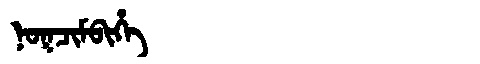
Manchu: ᠨᠣᡴᠴᡳᠮᠪᡳᡥᡝ
Romanization: NOKCIMBIHE